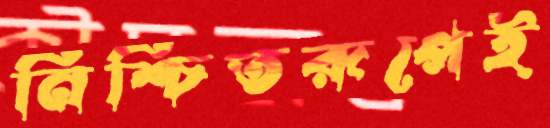
নিশ্চিতরূপেই